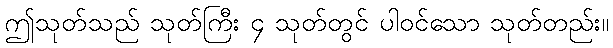
ဤသုတ်သည် သုတ်ကြီး ၄ သုတ်တွင် ပါဝင်သော သုတ်တည်း။